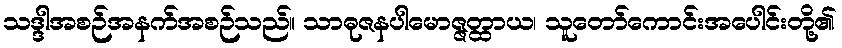
သဒ္ဒါအစဉ်အနက်အစဉ်သည်။ သာဓုဇနပါမောဇ္ဇတ္ထာယ၊ သူတော်ကောင်းအပေါင်းတို့၏